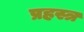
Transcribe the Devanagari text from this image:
प्रहस्त्र